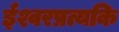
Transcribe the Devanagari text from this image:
ईश्वरप्रत्यकि